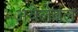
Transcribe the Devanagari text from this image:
अवेलेबल